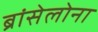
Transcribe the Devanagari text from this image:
ब्रांसेलोना